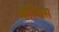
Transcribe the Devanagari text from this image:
व्हल्पिस